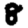
Digit: 8